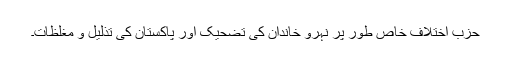
حزب اختلاف خاص طور پر نہرو خاندان کی تضحیک اور پاکستان کی تذلیل و مغلظات۔